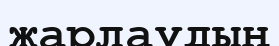
жарлаудың